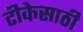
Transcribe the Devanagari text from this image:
टीकेसाठी